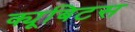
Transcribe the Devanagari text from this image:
क्यूबिटस